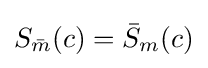
S_{\bar {m}}(c)={\bar {S}}_{m}(c)